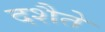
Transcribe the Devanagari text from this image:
दशैते